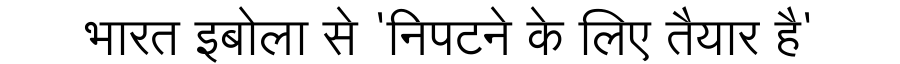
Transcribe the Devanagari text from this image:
भारत इबोला से 'निपटने के लिए तैयार है'